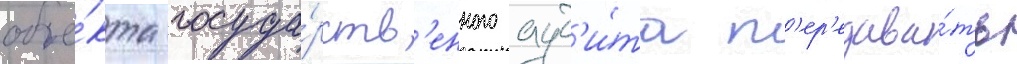
объе́кта госуда́рств'енного ауд'и́та п'ер'едава́ть